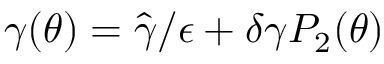
\gamma ( \theta ) = \hat { \gamma } / { \epsilon } + \delta \gamma P _ { 2 } ( \theta )